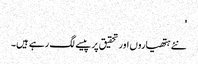
'
نئے ہتھیاروں اور تحقیق پر پیسے لگ رہے ہیں۔